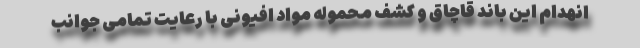
انهدام این باند قاچاق و کشف محموله مواد افیونی با رعایت تمامی جوانب